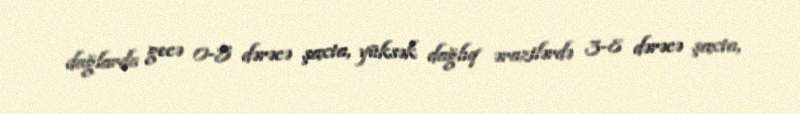
dağlarda gecə 0-5 dərəcə şaxta, yüksək dağlıq ərazilərdə 3-8 dərəcə şaxta,